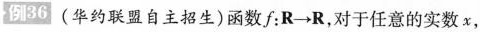
例36(华约联盟自主招生)函数f：R→R，对于任意的实数x，